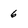
Character: 6